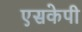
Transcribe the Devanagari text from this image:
एसकेपी